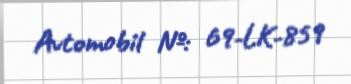
Avtomobil №: 69-LK-859